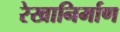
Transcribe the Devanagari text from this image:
रेखानिर्माण